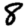
Digit: 8